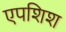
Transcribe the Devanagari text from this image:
एपशिश